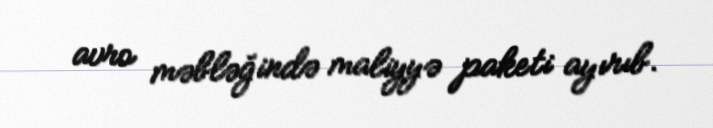
avro məbləğində maliyyə paketi ayırıb.